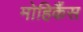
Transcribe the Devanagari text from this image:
मोहिकैंस